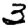
Digit: 3